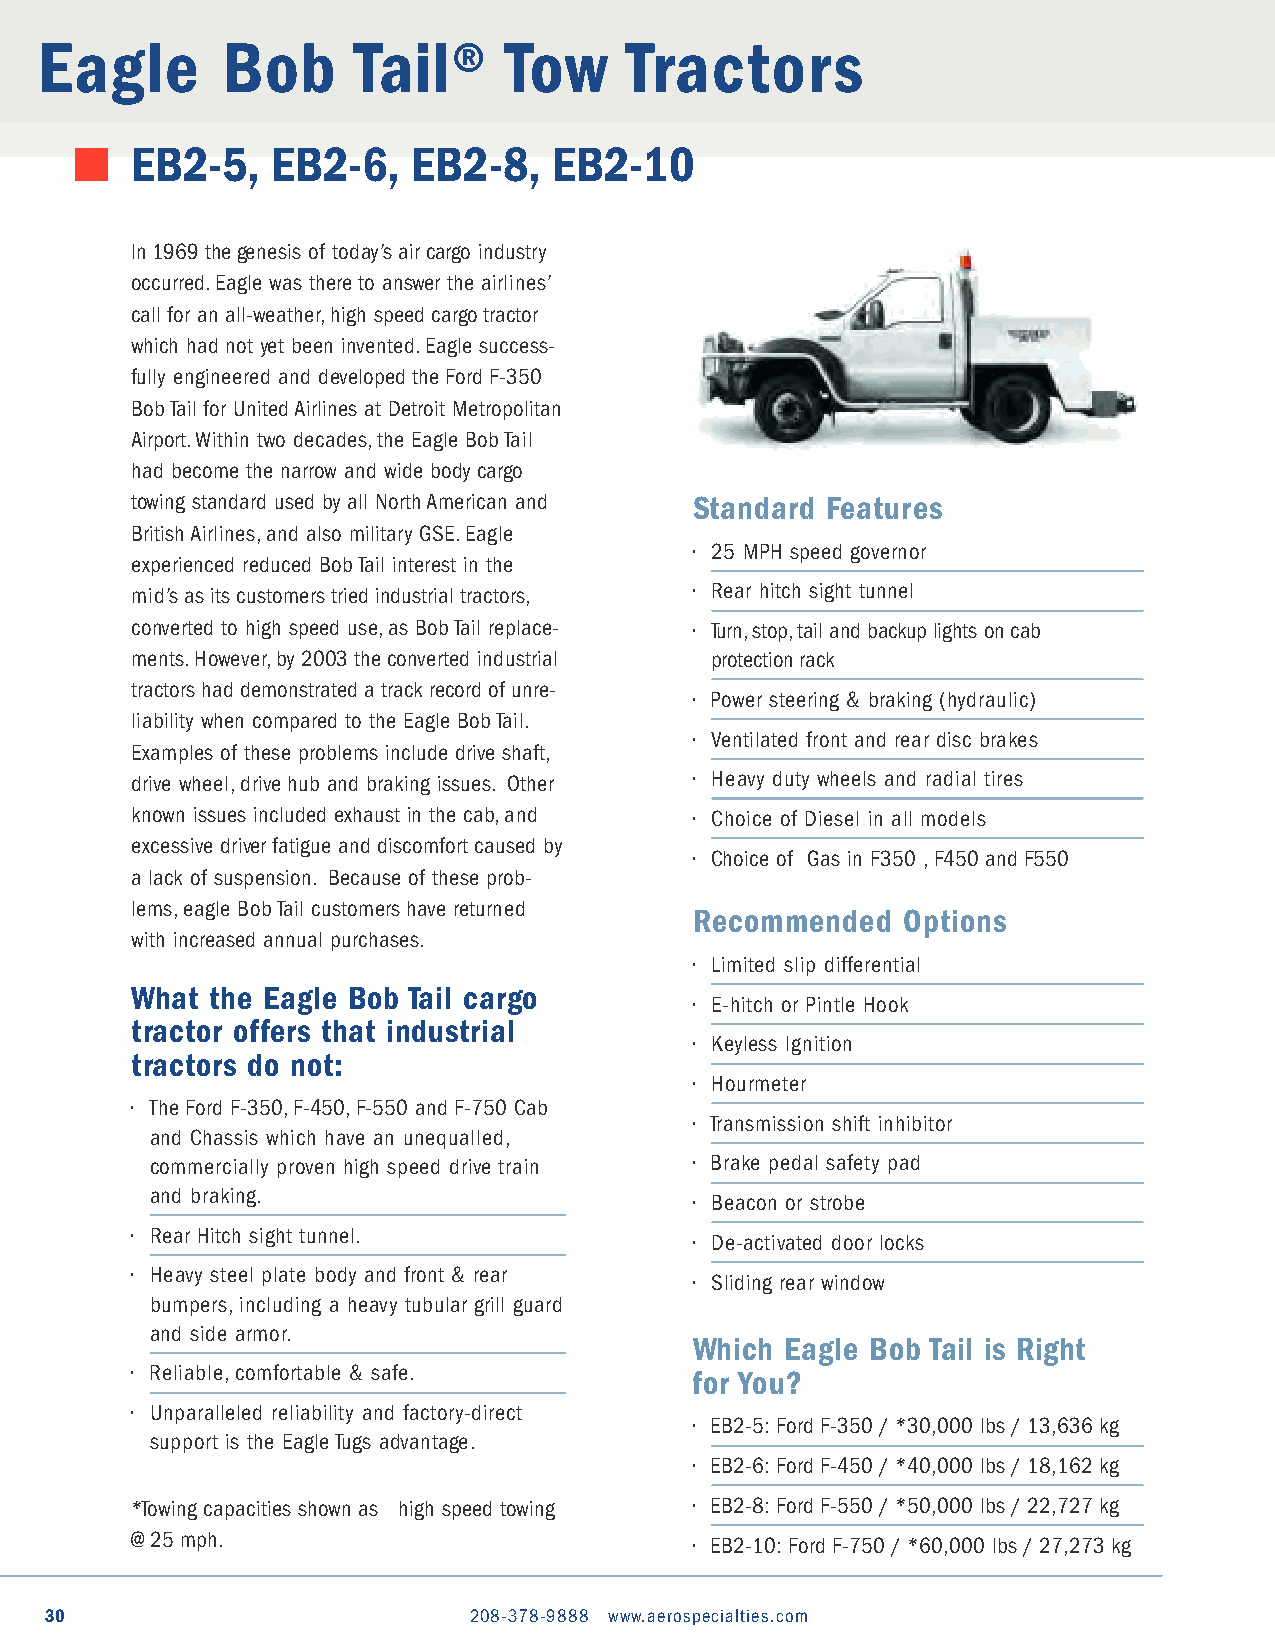
Eagle        Bob     Tail®     Tow     Tractors
 EB2-5,   EB2-6,   EB2-8,    EB2-10
 In 1969 the genesis of today’s air cargo industry
 occurred.Eagle was there to answer the airlines’
 call for an all-weather,high speed cargo tractor
 which had not yet been invented.Eagle success-
 fully engineered and developed the Ford F-350
 Bob Tail for United Airlines at Detroit Metropolitan
 Airport.Within two decades,the Eagle Bob Tail
 had become the narrow and wide body cargo
 towing standard used by all North American and Standard Features
 British Airlines,and also military GSE.Eagle
 • 25 MPH speed governor
 experienced reduced Bob Tail interest in the
 mid’s as its customers tried industrial tractors, • Rear hitch sight tunnel
 converted to high speed use,as Bob Tail replace- • Turn,stop,tail and backup lights on cab
 ments.However,by 2003 the converted industrial protection rack
 tractors had demonstrated a track record of unre-
 • Power steering & braking (hydraulic)
 liability when compared to the Eagle Bob Tail.
 • Ventilated front and rear disc brakes
 Examples of these problems include drive shaft,
 drive wheel,drive hub and braking issues. Other • Heavy duty wheels and radial tires
 known issues included exhaust in the cab,and • Choice of Diesel in all models
 excessive driver fatigue and discomfort caused by
 • Choice of Gas in F350 ,F450 and F550
 a lack of suspension. Because of these prob-
 lems,eagle Bob Tail customers have returned
 Recommended   Options
 with increased annual purchases.
 • Limited slip differential
 What the Eagle Bob Tail cargo
 • E-hitch or Pintle Hook
 tractor offers that industrial
 • Keyless Ignition
 tractors do not:
 • Hourmeter
 • The Ford F-350,F-450,F-550 and F-750 Cab
 • Transmission shift inhibitor
 and Chassis which have an unequalled,
 commercially proven high speed drive train • Brake pedal safety pad
 and braking.
 • Beacon or strobe
 • Rear Hitch sight tunnel.
 • De-activated door locks
 • Heavy steel plate body and front & rear
 • Sliding rear window
 bumpers,including a heavy tubular grill guard
 and side armor.
 Which Eagle Bob Tail is Right
 • Reliable,comfortable & safe.       for You?
 • Unparalleled reliability and factory-direct
 • EB2-5: Ford F-350 / *30,000 lbs / 13,636 kg
 support is the Eagle Tugs advantage.
 • EB2-6: Ford F-450 / *40,000 lbs / 18,162 kg
 *Towing capacities shown as high speed towing • EB2-8: Ford F-550 / *50,000 lbs / 22,727 kg
 @ 25 mph.                            • EB2-10: Ford F-750 / *60,000 lbs / 27,273 kg
 30                          208-378-9888 www.aerospecialties.com